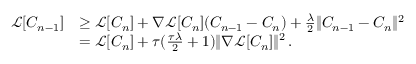
\begin{array} { r l } { \mathcal { L } [ C _ { n - 1 } ] } & { \geq \mathcal { L } [ C _ { n } ] + \nabla \mathcal { L } [ C _ { n } ] ( C _ { n - 1 } - C _ { n } ) + \frac { \lambda } { 2 } \| C _ { n - 1 } - C _ { n } \| ^ { 2 } } \\ & { = \mathcal { L } [ C _ { n } ] + \tau ( \frac { \tau \lambda } { 2 } + 1 ) \| \nabla \mathcal { L } [ C _ { n } ] \| ^ { 2 } \, . } \end{array}